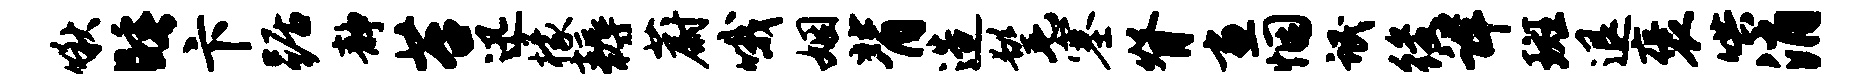
啾睡卞踞静苔迅檬耨蔚哦姻背造髦塞脊画悃氓後详斑退褒哄消